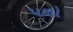
પળો